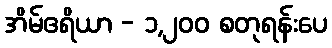
အိမ်ဧရိယာ - ၁,၂၀၀ စတုရန်းပေ